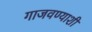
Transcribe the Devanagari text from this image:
गाजवण्याशी